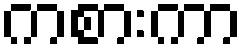
ကစားကာ